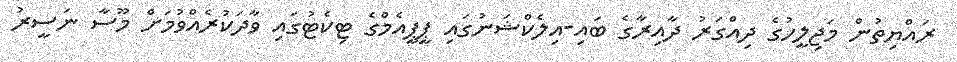
ރައްޔިތުން މަޖިލީހުގެ ދިއްގަރު ދާއިރާގެ ބައި-އިލެކްޝަނުގައި ޕީޕީއެމްގެ ޓިކެޓުގައި ވާދަކުރެއްވުމަށް މޫސާ ނަސީރު